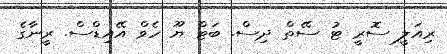
ރިއަލީ ސޮރީ ޓު ސޭތް ދިސް. ބަޓް ޔޫ ހެވް އޭއިޑްސް. ރީނާގެ